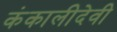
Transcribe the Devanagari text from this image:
कंकालीदेवी